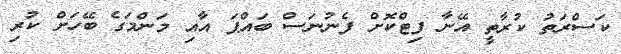
ކަސްރަތު ކުރާތީ އޭނާ ފިޓްކޮށް ފެނުނަސް ބައްޕަ އާއި މަންމަގެ ބޭހަށް ކުރި